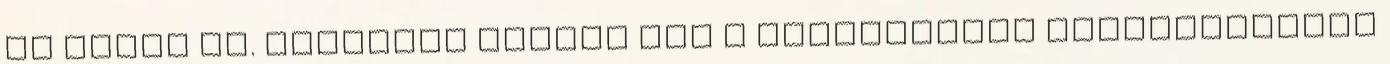
és finom is. Rengeteg recept van a hagyományos lencselevesen